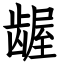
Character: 龌